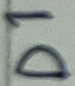
Text: D1